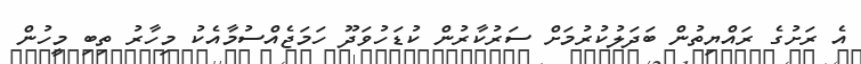
އެ ރަށުގެ ރައްޔިތުން ބަދަލުކުރުމަށް ސަރުކާރުން ކުޑަހުވަދޫ ހަމަޖެއްސުމާއެކު މިހާރު ތިބި މީހުން